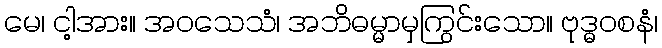
မေ၊ ငါ့အား။ အဝသေသံ၊ အဘိဓမ္မာမှကြွင်းသော။ ဗုဒ္ဓဝစနံ၊